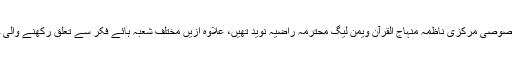
اس سیمینار کی مہمان خصوصی مرکزی ناظمہ منہاج القرآن ویمن لیگ محترمہ راضیہ نوید تھیں، علاوہ ازیں مختلف شعبہ ہائے فکر سے تعلق رکھنے والی خواتین بھی شریک تھیں۔